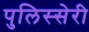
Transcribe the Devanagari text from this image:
पुलिस्सेरी